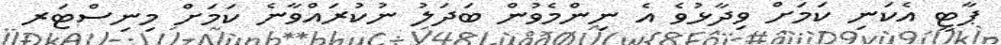
ޕާޓީ އެކަނި ކަމަށް ވިދާޅުވެ އެ ނިންމެވުން ބަދަލު ނުކުރައްވާނެ ކަމަށް މިނިސްޓަރ